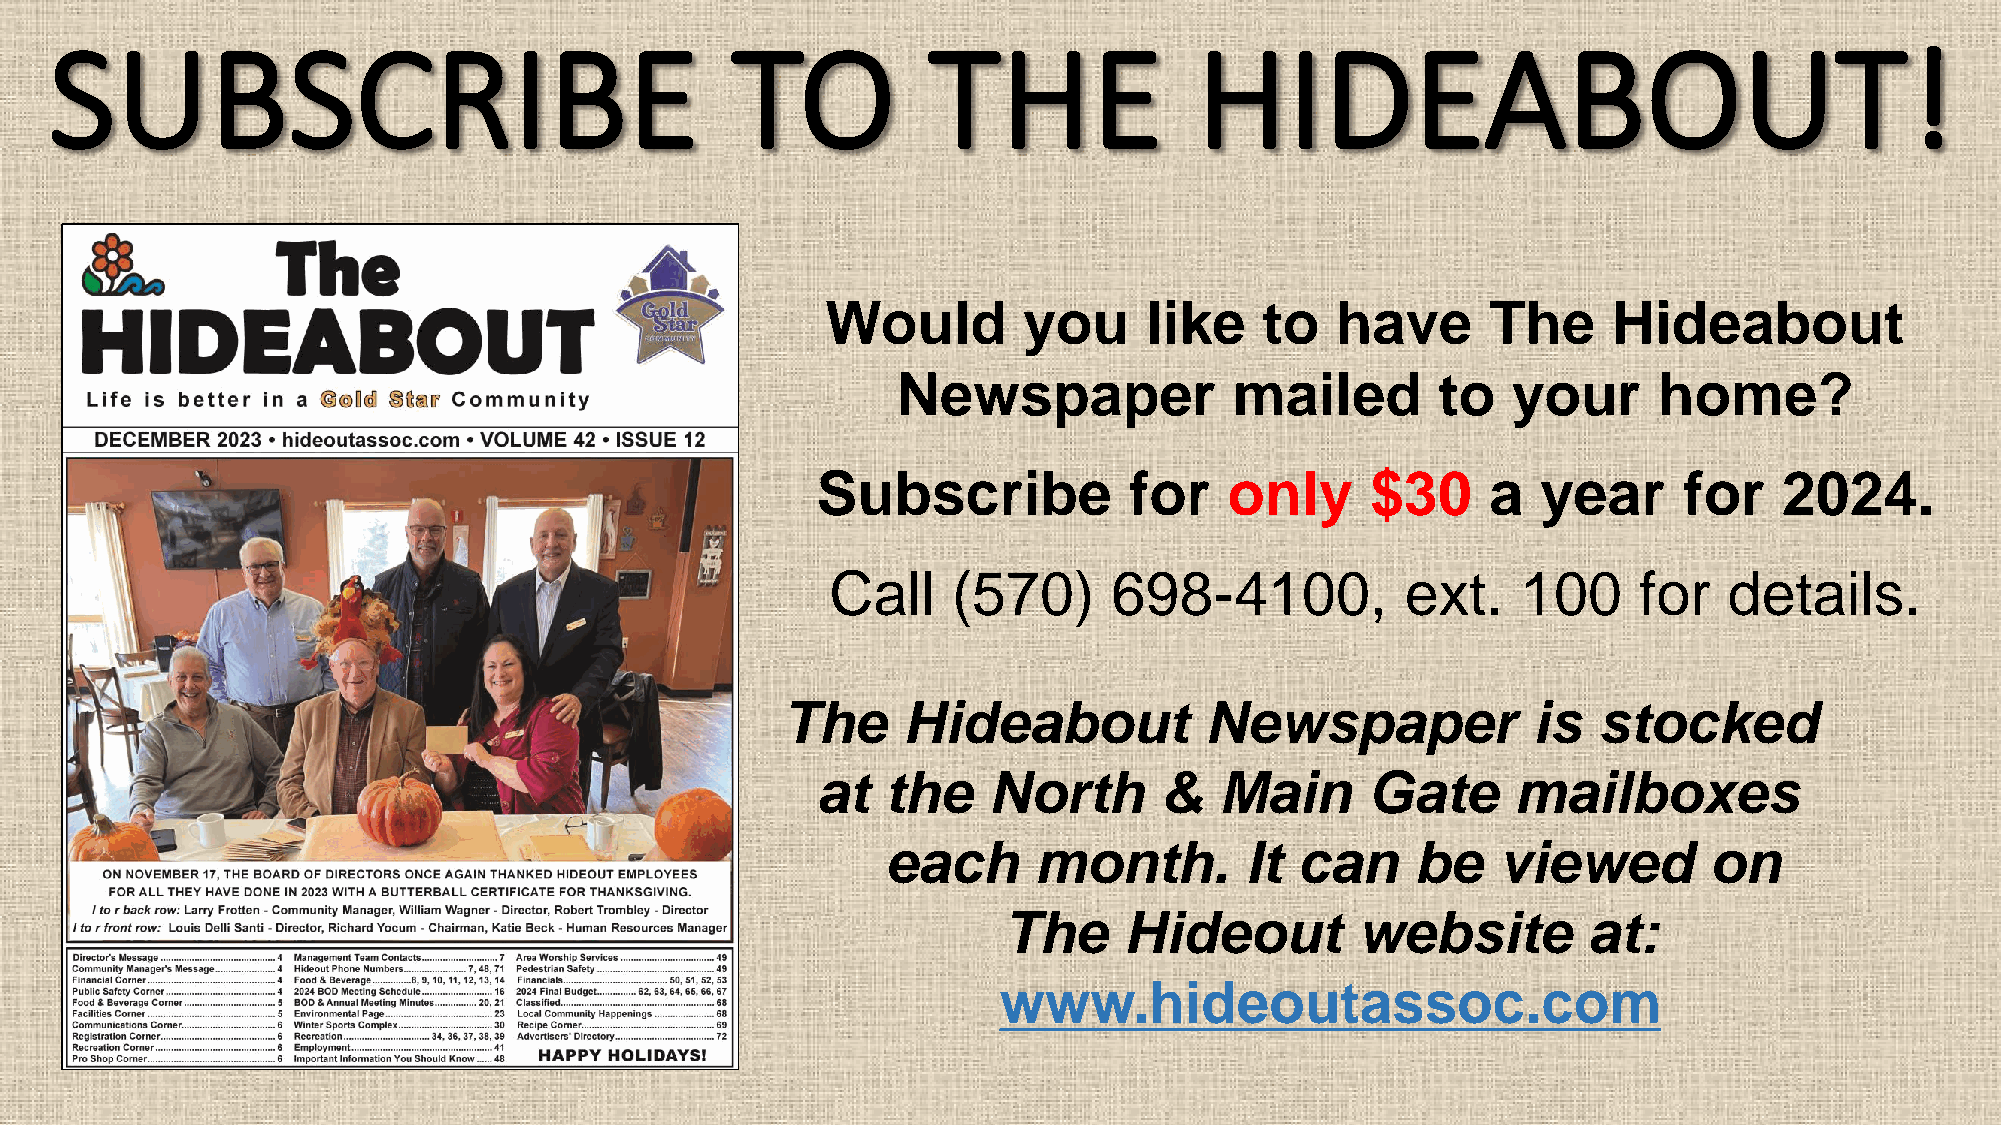
Would        you     like    to  have       The     Hideabout
 Newspaper              mailed       to   your      home?
 Subscribe            for   only      $30     a  year     for    2024.
 Call    (570)      698-4100,          ext.    100    for   details.
 The     Hideabout           Newspaper            is   stocked
 at   the   North       &   Main      Gate     mailboxes
 each     month.        It  can     be   viewed        on
 The     Hideout         website        at:
 www.hideoutassoc.com